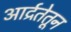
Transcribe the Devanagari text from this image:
आर्द्रतेतून